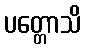
ပတ္တောသိ